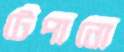
টেপানো